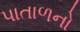
પાતાળનો